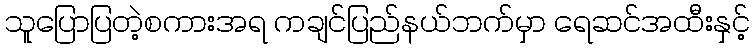
သူပြောပြတဲ့စကားအရ ကချင်ပြည်နယ်ဘက်မှာ ရေဆင်အထီးနှင့်